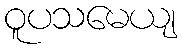
ဝူပသမေယျ